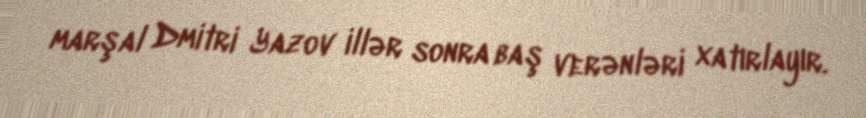
marşal Dmitri Yazov illər sonra baş verənləri xatırlayır.